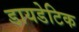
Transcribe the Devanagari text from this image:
डायडेटिक